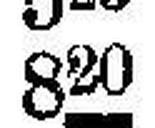
820